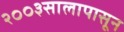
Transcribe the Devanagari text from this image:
२००३सालापासून